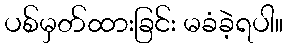
ပစ်မှတ်ထားခြင်း မခံခဲ့ရပါ။